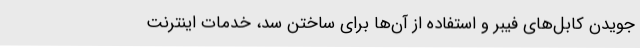
جویدن کابل‌های فیبر و استفاده از آن‌ها برای ساختن سد، خدمات اینترنت